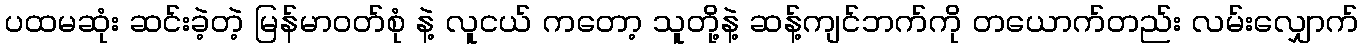
ပထမဆုံး ဆင်းခဲ့တဲ့ မြန်မာဝတ်စုံ နဲ့ လူငယ် ကတော့ သူတို့နဲ့ ဆန့်ကျင်ဘက်ကို တယောက်တည်း လမ်းလျှောက်